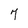
Character: 7